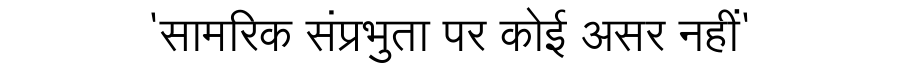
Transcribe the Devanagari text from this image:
'सामरिक संप्रभुता पर कोई असर नहीं'